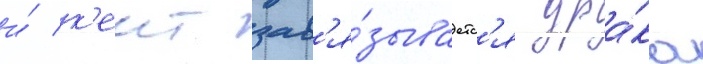
и́ к'еит зав'я́зываетс'я дра́ка